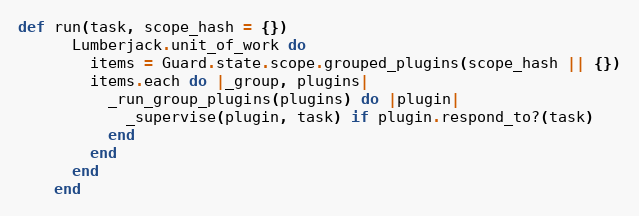
Language: Ruby
def run(task, scope_hash = {})
      Lumberjack.unit_of_work do
        items = Guard.state.scope.grouped_plugins(scope_hash || {})
        items.each do |_group, plugins|
          _run_group_plugins(plugins) do |plugin|
            _supervise(plugin, task) if plugin.respond_to?(task)
          end
        end
      end
    end